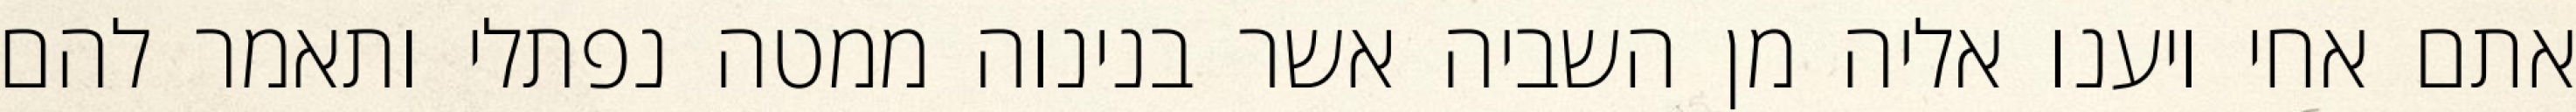
אתם אחי ויענו אליה מן השביה אשר בנינוה ממטה נפתלי ותאמר להם